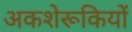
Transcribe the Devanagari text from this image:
अकशेरूकियों